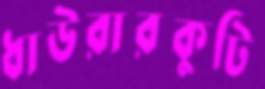
ধাউরারকুটি